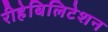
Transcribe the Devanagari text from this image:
रीहेबिलिटेशन